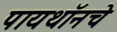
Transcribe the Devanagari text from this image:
पायथॉनचे